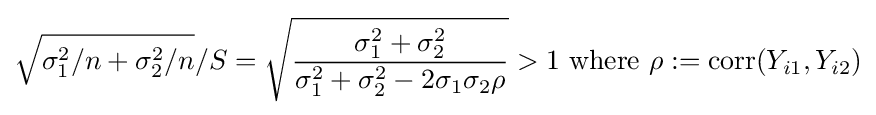
{\sqrt {\sigma _{1}^{2}/n+\sigma _{2}^{2}/n}}/S={\sqrt {\frac {\sigma _{1}^{2}+\sigma _{2}^{2}}{\sigma _{1}^{2}+\sigma _{2}^{2}-2\sigma _{1}\sigma _{2}\rho }}}>1{\text{ where }}\rho :=\operatorname {corr} (Y_{i1},Y_{i2})